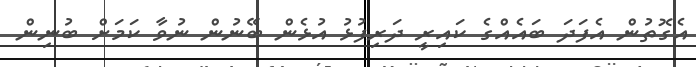
އެގޮތުން އެފަދަ ބައެއްގެ ކައިރީ ދަރިފުޅު އުޅެން ބޭނުން ނުވާ ކަމަށް ބުނިން